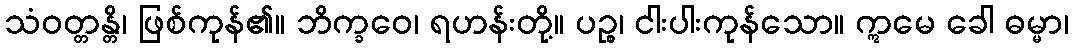
သံဝတ္တန္တိ၊ ဖြစ်ကုန်၏။ ဘိက္ခဝေ၊ ရဟန်းတို့။ ပဉ္စ၊ ငါးပါးကုန်သော။ ဣမေ ခေါ ဓမ္မာ၊